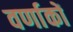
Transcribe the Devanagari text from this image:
वर्णाकों